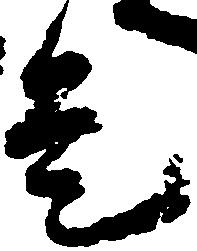
是